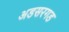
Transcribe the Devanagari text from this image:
अडसरगड